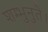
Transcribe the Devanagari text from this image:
शम्भुनुते।